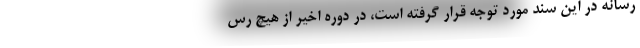
رسانه در این سند مورد توجه قرار گرفته است، در دوره اخیر از هیچ رس